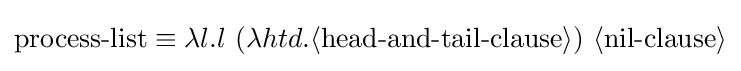
{\begin{aligned}\operatorname {process-list} &\equiv \lambda l.l\ (\lambda htd.\langle \operatorname {head-and-tail-clause} \rangle )\ \langle \operatorname {nil-clause} \rangle \\\end{aligned}}